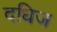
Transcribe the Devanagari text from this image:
दधिज